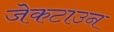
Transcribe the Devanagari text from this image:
जेकटाउन